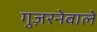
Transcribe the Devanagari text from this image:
गुज़रनेवाले